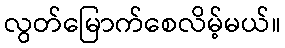
လွတ်မြောက်စေလိမ့်မယ်။